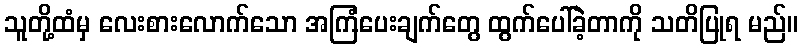
သူတို့ထံမှ လေးစားလောက်သော အကြံပေးချက်တွေ ထွက်ပေါ်ခဲ့တာကို သတိပြုရ မည်။